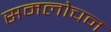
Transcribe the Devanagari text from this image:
समलोचन